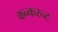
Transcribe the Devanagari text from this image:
कन्करन्ट